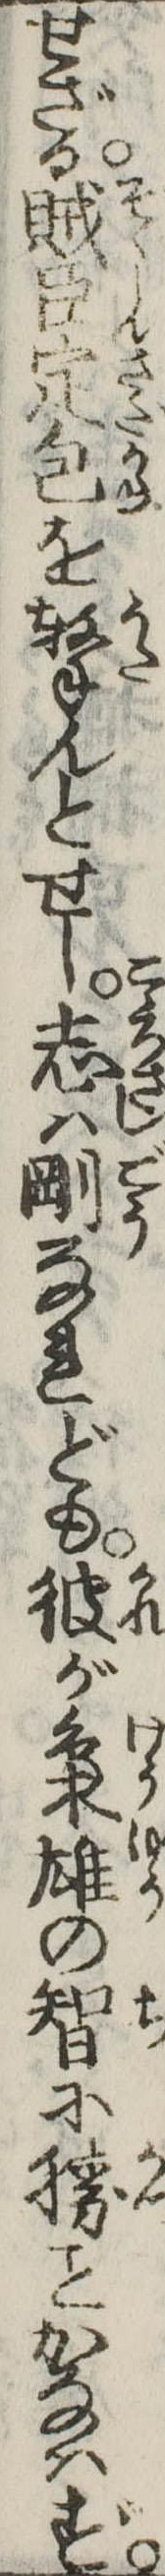
せざる賊臣定包を撃んとせし志は剛なれども彼が梟雄の智に勝かなはず